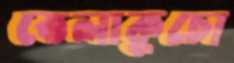
তেলাকুচো